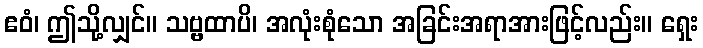
ဧဝံ၊ ဤသို့လျှင်။ သဗ္ဗထာပိ၊ အလုံးစုံသော အခြင်းအရာအားဖြင့်လည်း။ ရှေး